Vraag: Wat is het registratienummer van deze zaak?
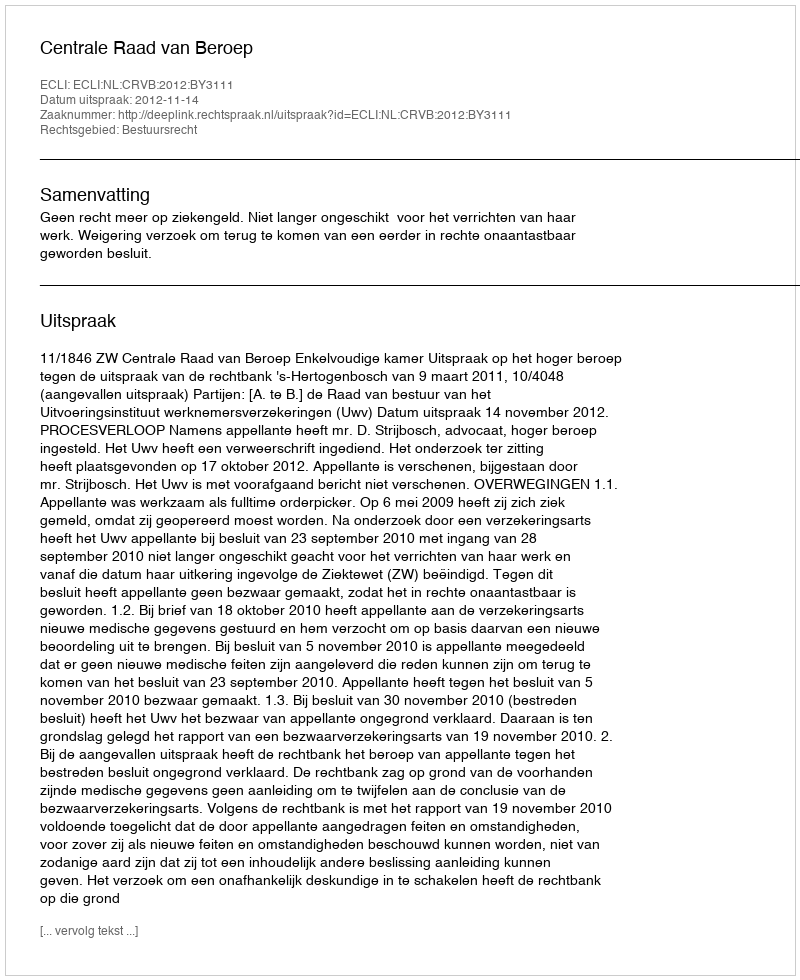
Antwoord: http://deeplink.rechtspraak.nl/uitspraak?id=ECLI:NL:CRVB:2012:BY3111